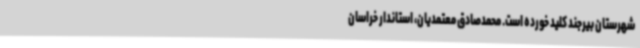
شهرستان بیرجند کلید خورده است. محمدصادق معتمدیان، استاندار خراسان